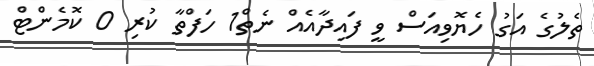
ތެލުގެ އަގު ހެޔޮވިއަސް ވީ ފައިދާއެއް ނެތް1 ހަފްތާ ކުރި 0 ކޮމެންޓް